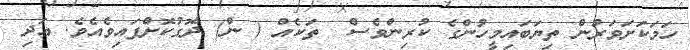
ހަމަކަށަވަރުން ތިޔަބައިމީހުންގެ ކުރިންވެސް  ތަކެއް ( ން) ދޮގުކޮށްފައިވެއެވެ. އަދި